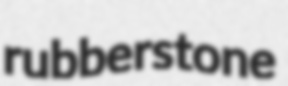
rubberstone